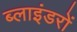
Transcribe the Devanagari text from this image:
ब्लाइंडरों